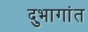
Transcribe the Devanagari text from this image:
दुभागांत